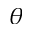
\theta